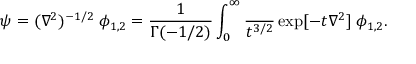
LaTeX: \psi = ( \nabla ^ { 2 } ) ^ { - 1 / 2 } \; \phi _ { 1 , 2 } = { \frac { 1 } { \Gamma ( - 1 / 2 ) } } \int _ { 0 } ^ { \infty } { \frac { \d t } { t ^ { 3 / 2 } } } \exp [ - t \nabla ^ { 2 } ] \; \phi _ { 1 , 2 } .